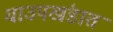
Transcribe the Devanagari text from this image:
याउपखंडात